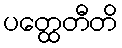
ပတ္ထေတီတိ